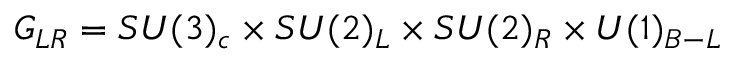
G _ { L R } = S U ( 3 ) _ { c } \times S U ( 2 ) _ { L } \times S U ( 2 ) _ { R } \times U ( 1 ) _ { B - L }